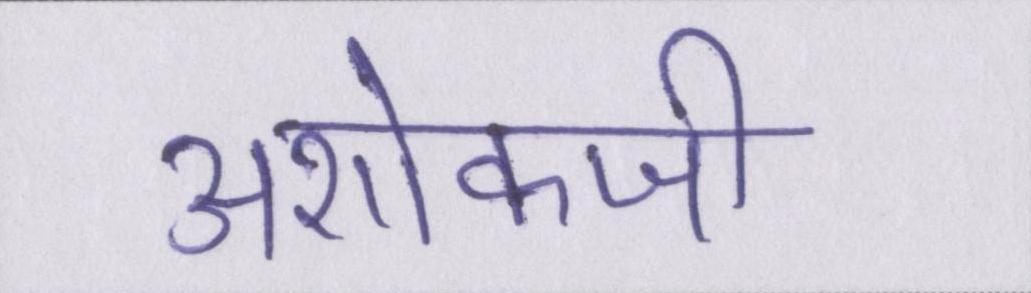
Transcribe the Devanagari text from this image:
अशोकजी